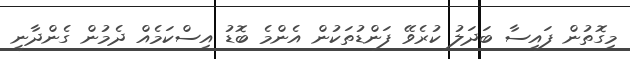
މިގޮތުން ފައިސާ ބަދަލު ކުރެވޭ ފަންޑުތަކުން އެންމެ ބޮޑު އިސްކަމެއް ދެމުން ގެންދާނީ